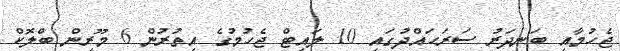
ޖެހުމާއި ބަނދަރު ސަރަހައްދުގައި 10 ލައިޓް ޖެހުމުގެ އިތުރުން 6 މޫރިން ބްލޮކް